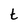
Character: t